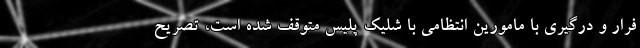
فرار و درگیری با مامورین انتظامی با شلیک پلیس متوقف شده است، تصریح